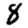
Digit: 8